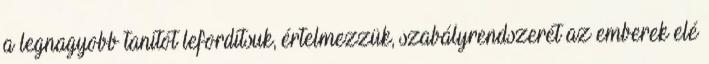
a legnagyobb tanítót lefordítsuk, értelmezzük, szabályrendszerét az emberek elé